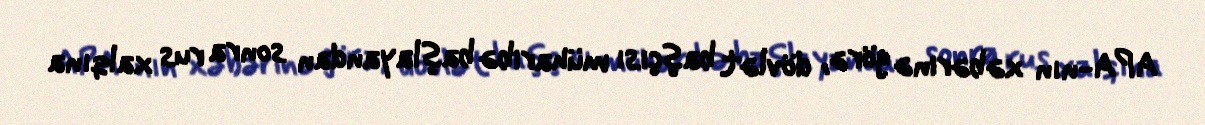
APA-nın xəbərinə görə, dövlət başçısı müharibə başlayandan sonra rus xalqına